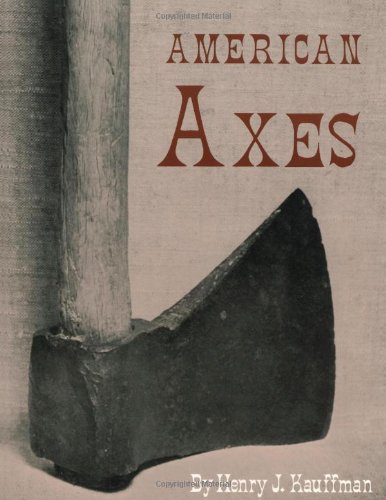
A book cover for American Axes: A Survey of Their Development and Their Makers; Henry J. Kauffman; Humor & Entertainment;